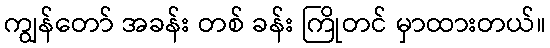
ကျွန်တော် အခန်း တစ် ခန်း ကြိုတင် မှာထားတယ်။